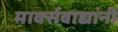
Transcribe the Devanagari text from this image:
मार्क्‍सवाद्यांनी